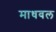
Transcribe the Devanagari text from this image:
माधवल